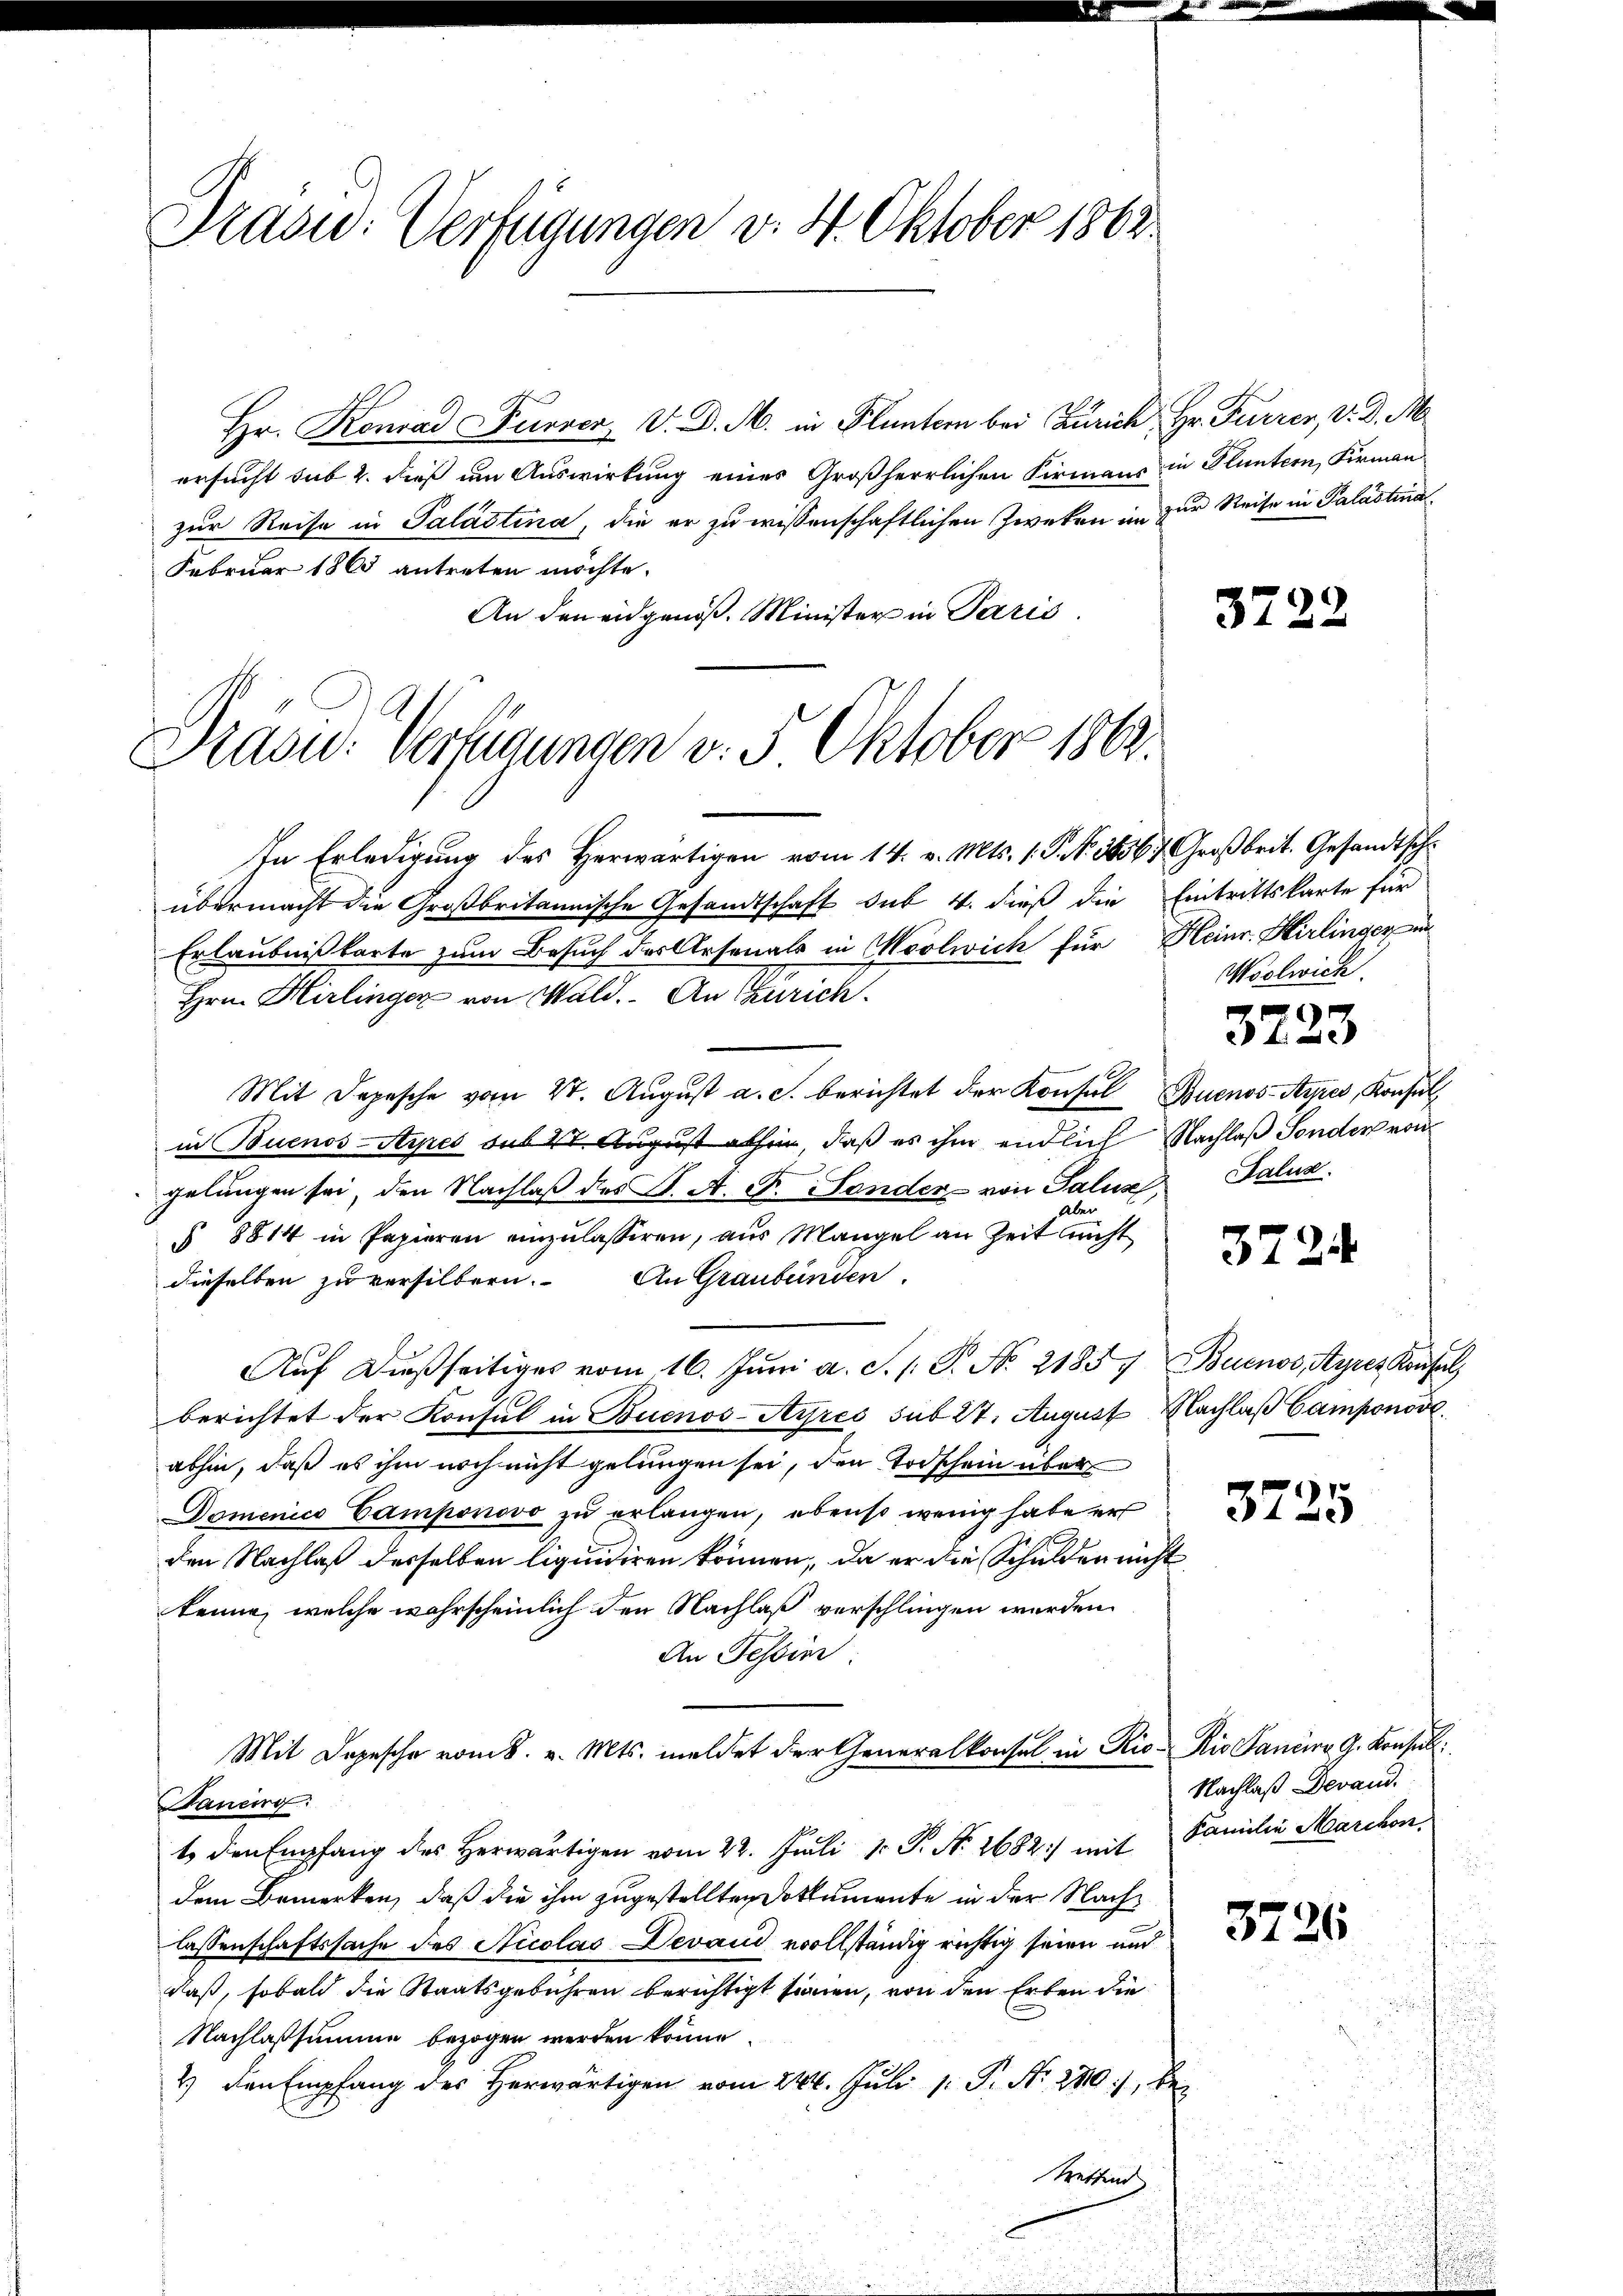
Trasw: Verfügungen v. 4. Oktober 1862

Draou. Verfügungen v. 5. Oktober 1862.

Hr. Konrad Furrer V. D. M. in Pluntern bei Zürich, Hr. Furrer, V. D. M
ersucht sub 2. dieß um Auswirkung eines Großherrlichen Firmanns in Fluntern, Firman
zur Reise in Palästina, die er zu wissenschaftlichen Zweken im zur Reise in Palastina
Februar 1865 antreten möchte.
An den eidgenöß. Minister in Paris.

In Erledigung des Herwärtigen vom 14. v. Mts. 1. P. Nr. 36567 Großbrit. Gesandtsch
übermacht die Großbritannische Gesandtschaft sub 4. dieß die Eintrittskarte für
Erlaubnißkarte zum Besuch des Arsenals in Moolwich für Heinr. Hirlinger in
Hrn. Hirlinger von Wald. An Zürich.
Mit Depesche vom 4. Aŭgŭst a. c. berichtet der Konsul Buenos-Ayres, Konsul
in Buenos-Ayres sub 22 August allen, daß es ihm endlich Nachlaß Sonder von
gelungen sei, den Nachlaβ des J. A. F. Sender von Salus, Baluz
Aber
§ 8814 in Papieren einzulasseren, aus Mangel an Zeit nicht
dieselben zu versilbern. An Graubünden.
Aŭf dießseitiges vom 16. Jŭni a. c. l. J. No. 21857 Buenos Ayres Konsul
berichtet der Konsul in Buenos-Ayres sub 27. August Nachlaβ Camponodl
abhin, daß es ihm noch nicht gelungen sei, den Todschein über
Domenico Camponovo zu erlangen, ebenso wenig habe er
den Nachlaß desselben liquidiren können, da er die Schulden nicht
kenne, welche wahrscheinlich den Nachlaß verschlingen werden.
An Tessin
Mit Depesche vom 8. v. Mts. meldet der Generalkonsul in Rio-Rio Sancina G. Konsul
Bauing:
t den Empfang des Herwärtigen vom 22. Juli 18 P. N. 1682:/ mit Familie Marchon
dem Bemerken, daß die ihm zugestellten Dokumente in der Nachlassenschaftssache des Nicolas Devand vollständig richtig seien und
daß, sobald die Staatsgebühren berichtigt sinnen, von den Erben die
Nachlassumme bezogen werden könne.
2) den Empfang des Herwärtigen vom 24. Juli 1. P. Nr. 280), be-
Treffend

3222

Wöslwich.
3223

3724

3725

Nachlaß Devand.

3726